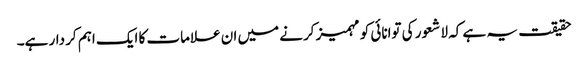
حقیقت یہ ہے کہ لا شعور کی توانائی کو مہمیز کرنے میں ان علامات کا ایک اہم کر دار ہے۔